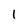
Character: 1